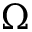
\Omega